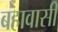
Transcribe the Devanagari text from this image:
बहावासी